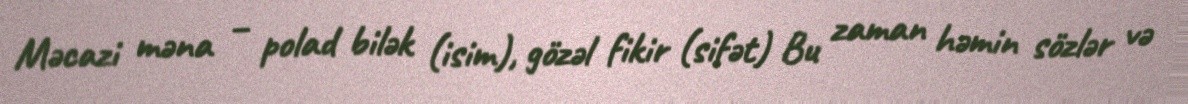
Məcazi məna – polad bilək (isim), gözəl fikir (sifət) Bu zaman həmin sözlər və